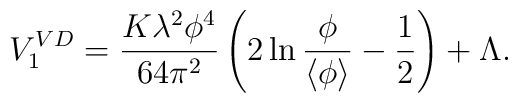
V_1^{VD} = {K\lambda^2\phi^4\over 64\pi^2}\left(     2\ln {\phi\over\left<\phi\right> } -{1\over 2}\right) + \Lambda.